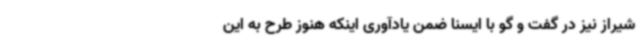
شیراز نیز در گفت و گو با ایسنا ضمن یادآوری اینکه هنوز طرح به این